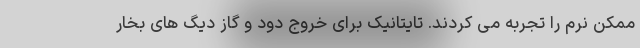
ممکن نرم را تجربه می کردند. تایتانیک برای خروج دود و گاز دیگ های بخار